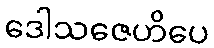
ဒေါသဇေဟိပေ